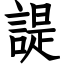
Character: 諟